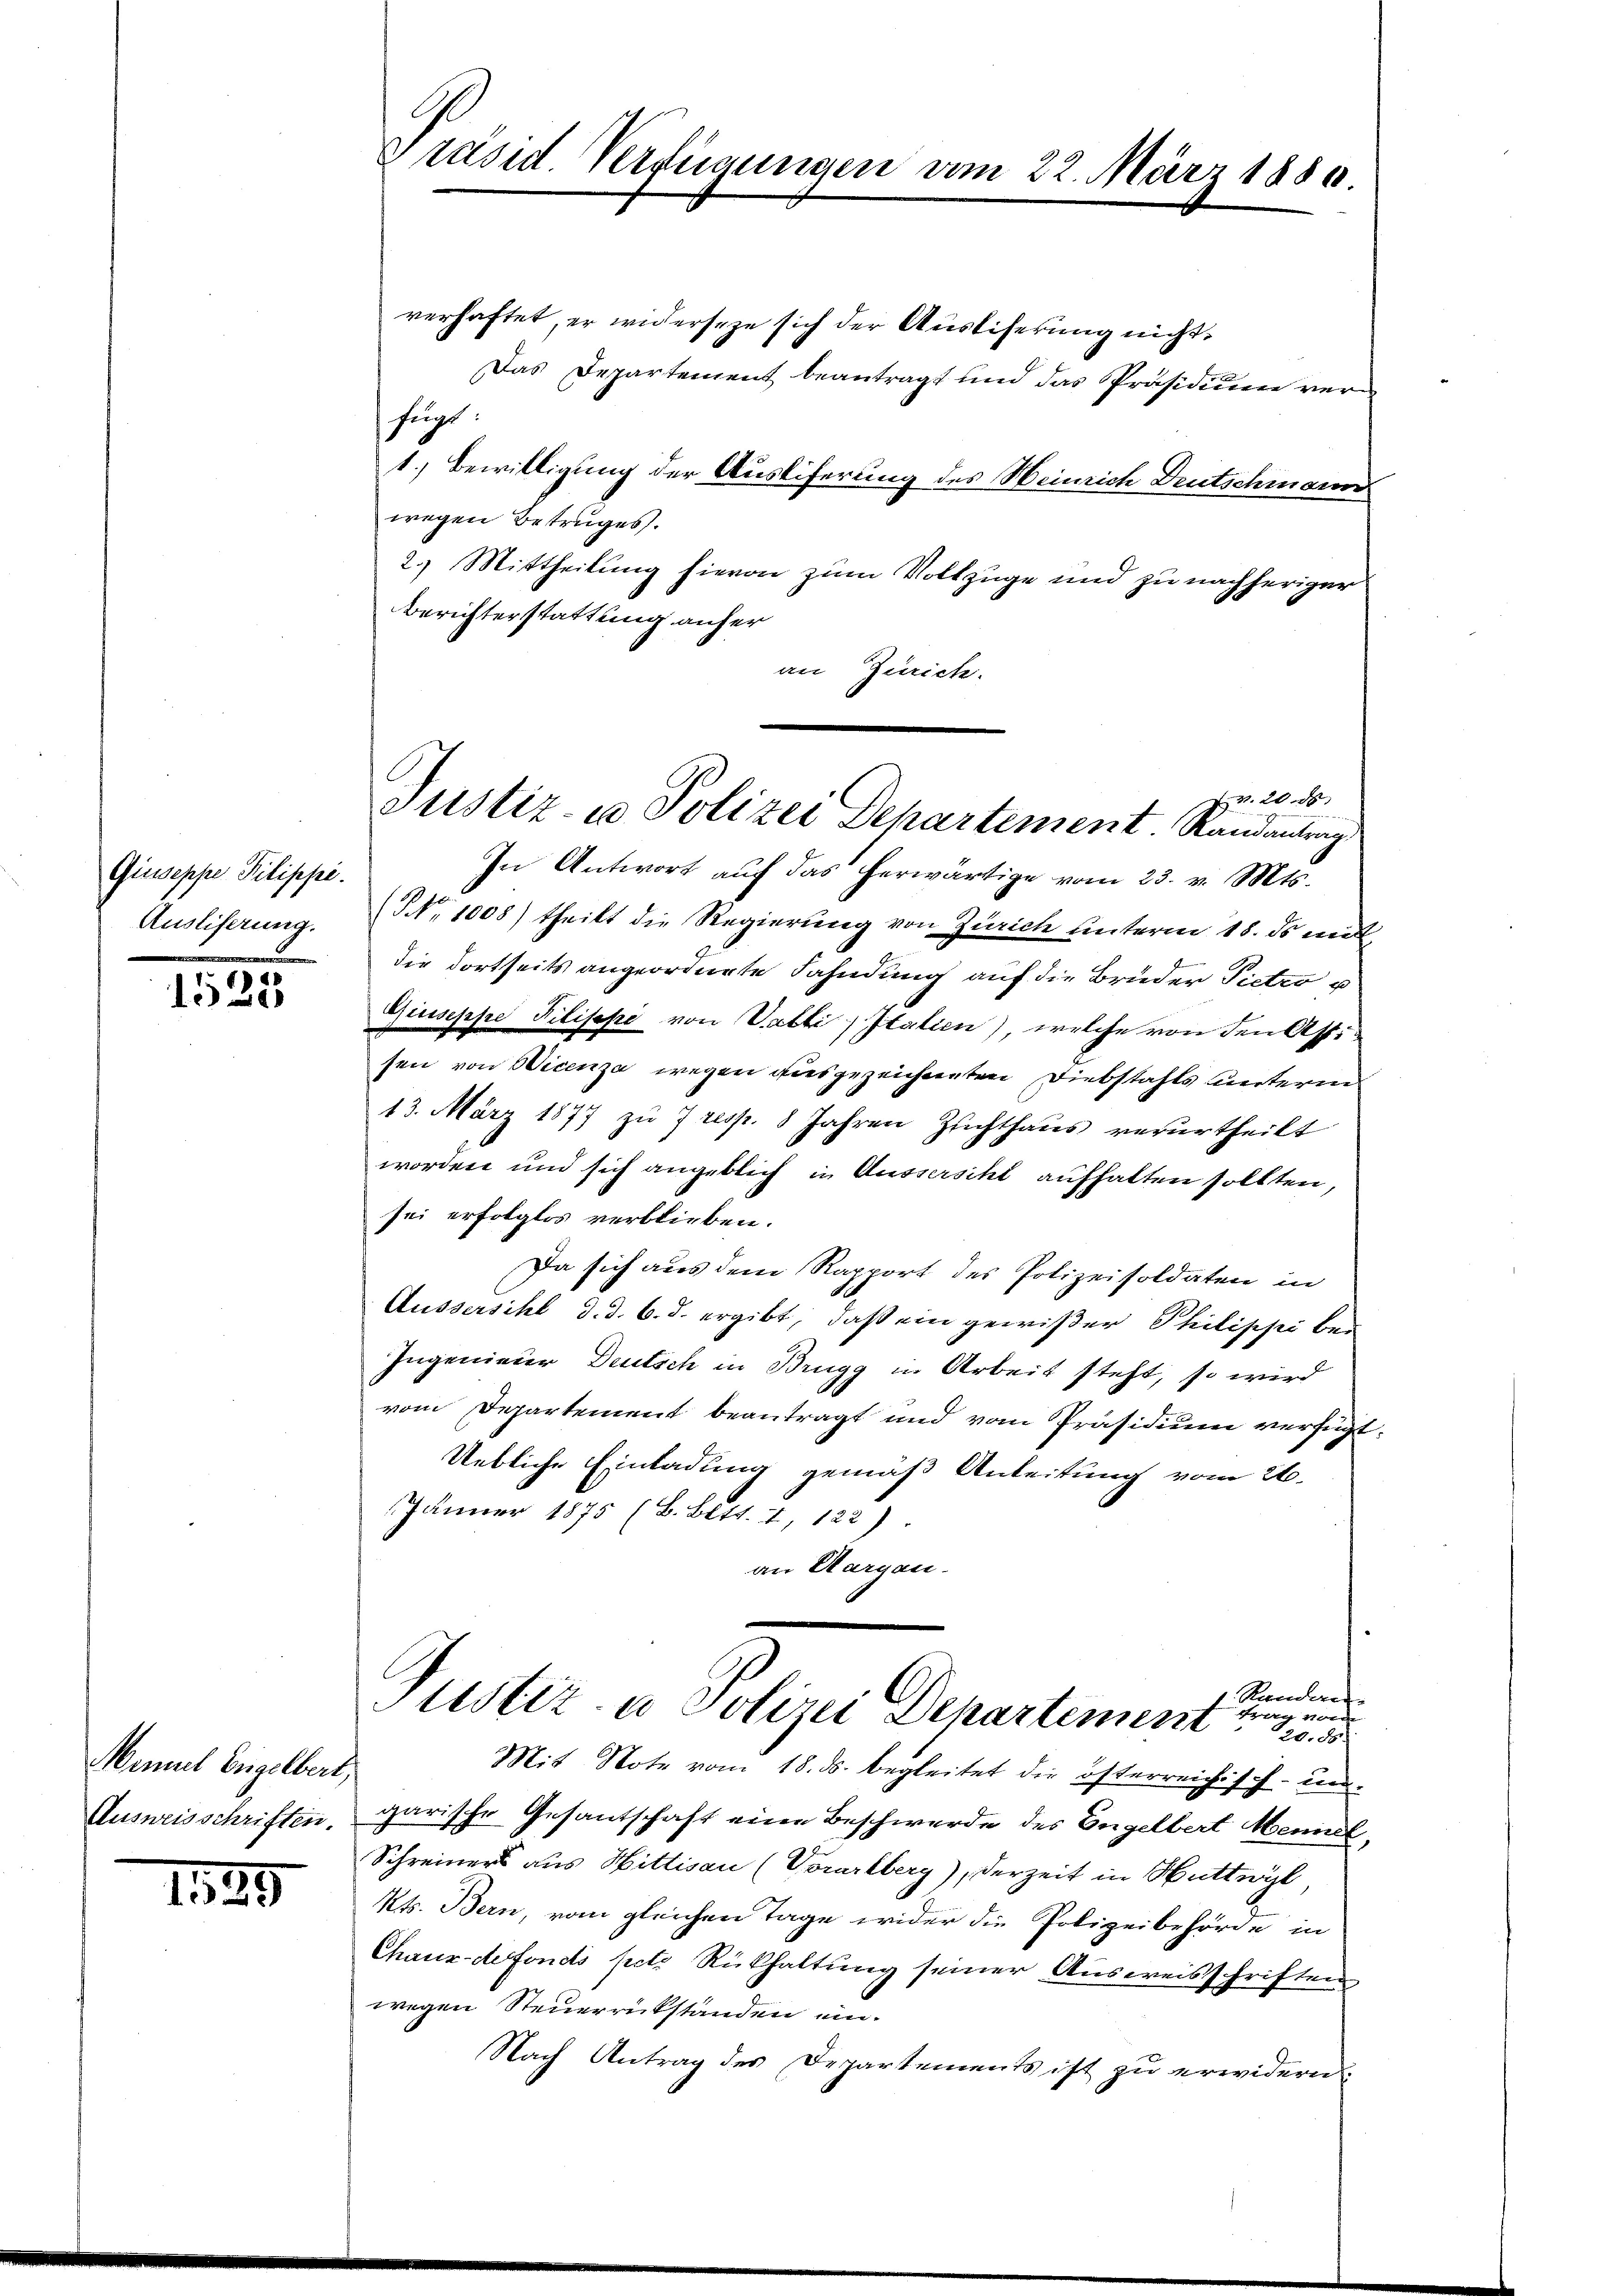
Giuseppe Pilippe.
Anliessung.

1525

Maniel Engelbert,
Ausweisschriften.

1189

Präsid. Verfügungen vom 22. März 1880.

verhaftet, er widerseze sich der Auslieferung nicht,
Das Departement beantragt und das Präsidiuen verfügt
1.) Bewilligung der Ausliferung des Heinrich Deutschmann
wegen Betruges.
2.) Mittheilung hievon zum Volkzüge und zu nachheriger
Berichterstattung anher
an Zürich.
In Antwort aŭf das herwärtige vom 23. v. Mts.
(NNo. 1008) theilt die Regierung von Zürich unterm 18. ds mit
die dortseits angeordnete Fahndung auf die Brüder Pietro u
Giuseppe Pilisepi von Valli, Italien) welche von den Affisen von Wicenza wegen ausgezeichneten Diebstahls unterm
13. März 1877 zu 7 resp. 8 Jahren Zeichthaŭs verurtheilt
worden und sich angeblich in Aussersihl aufhalten sollten,
sei erfolgtes verblieben.
Da sich aus dem Rapport des Polizeisoldaten in
Äussersihl d. d. 6. d. ergibt, daß ein gewißer Philischei be-
Ingenieur Deutsch in Brugg in Arbeit steht, so wird
vom Departement beantragt und vom Präsidium verfügt,
Uebliche Einladung gemäß Anleitung vom 26.
Jänner 1875 (B. Bett. 4, 122)
an Aargau.
Randen
rag vor
tistiz- u Polizei Departement. 20. 55
Mit Note vom 18. ds. begleitet die österreichisch-un-
garische Gesantschaft eine Beschwerde des Engelbert Mennel,
Schreiners aus Hittisau (Vorarlberg), derzeit in Huttwyl
Kts. Bern, vom gleichen Tage wider die Polizeibehörde in
Chaux-defonds pete Rückhaltung seiner Ausweisschriften
wegen Steuerrückständen ein.
Nach Antrag des Departements ist zu erwidern.

Zr. 20. ds.
Justiz- u Polizei Departement. Randantrag